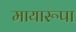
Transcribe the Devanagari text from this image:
मायारूपा